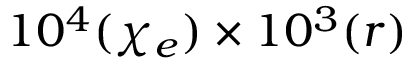
1 0 ^ { 4 } ( \chi _ { e } ) \times 1 0 ^ { 3 } ( r )